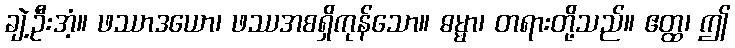
ချဲ့ဦးအံ့။ ဖဿာဒယော၊ ဖဿအစရှိကုန်သော။ ဓမ္မာ၊ တရားတို့သည်။ ဧတ္ထ၊ ဤ